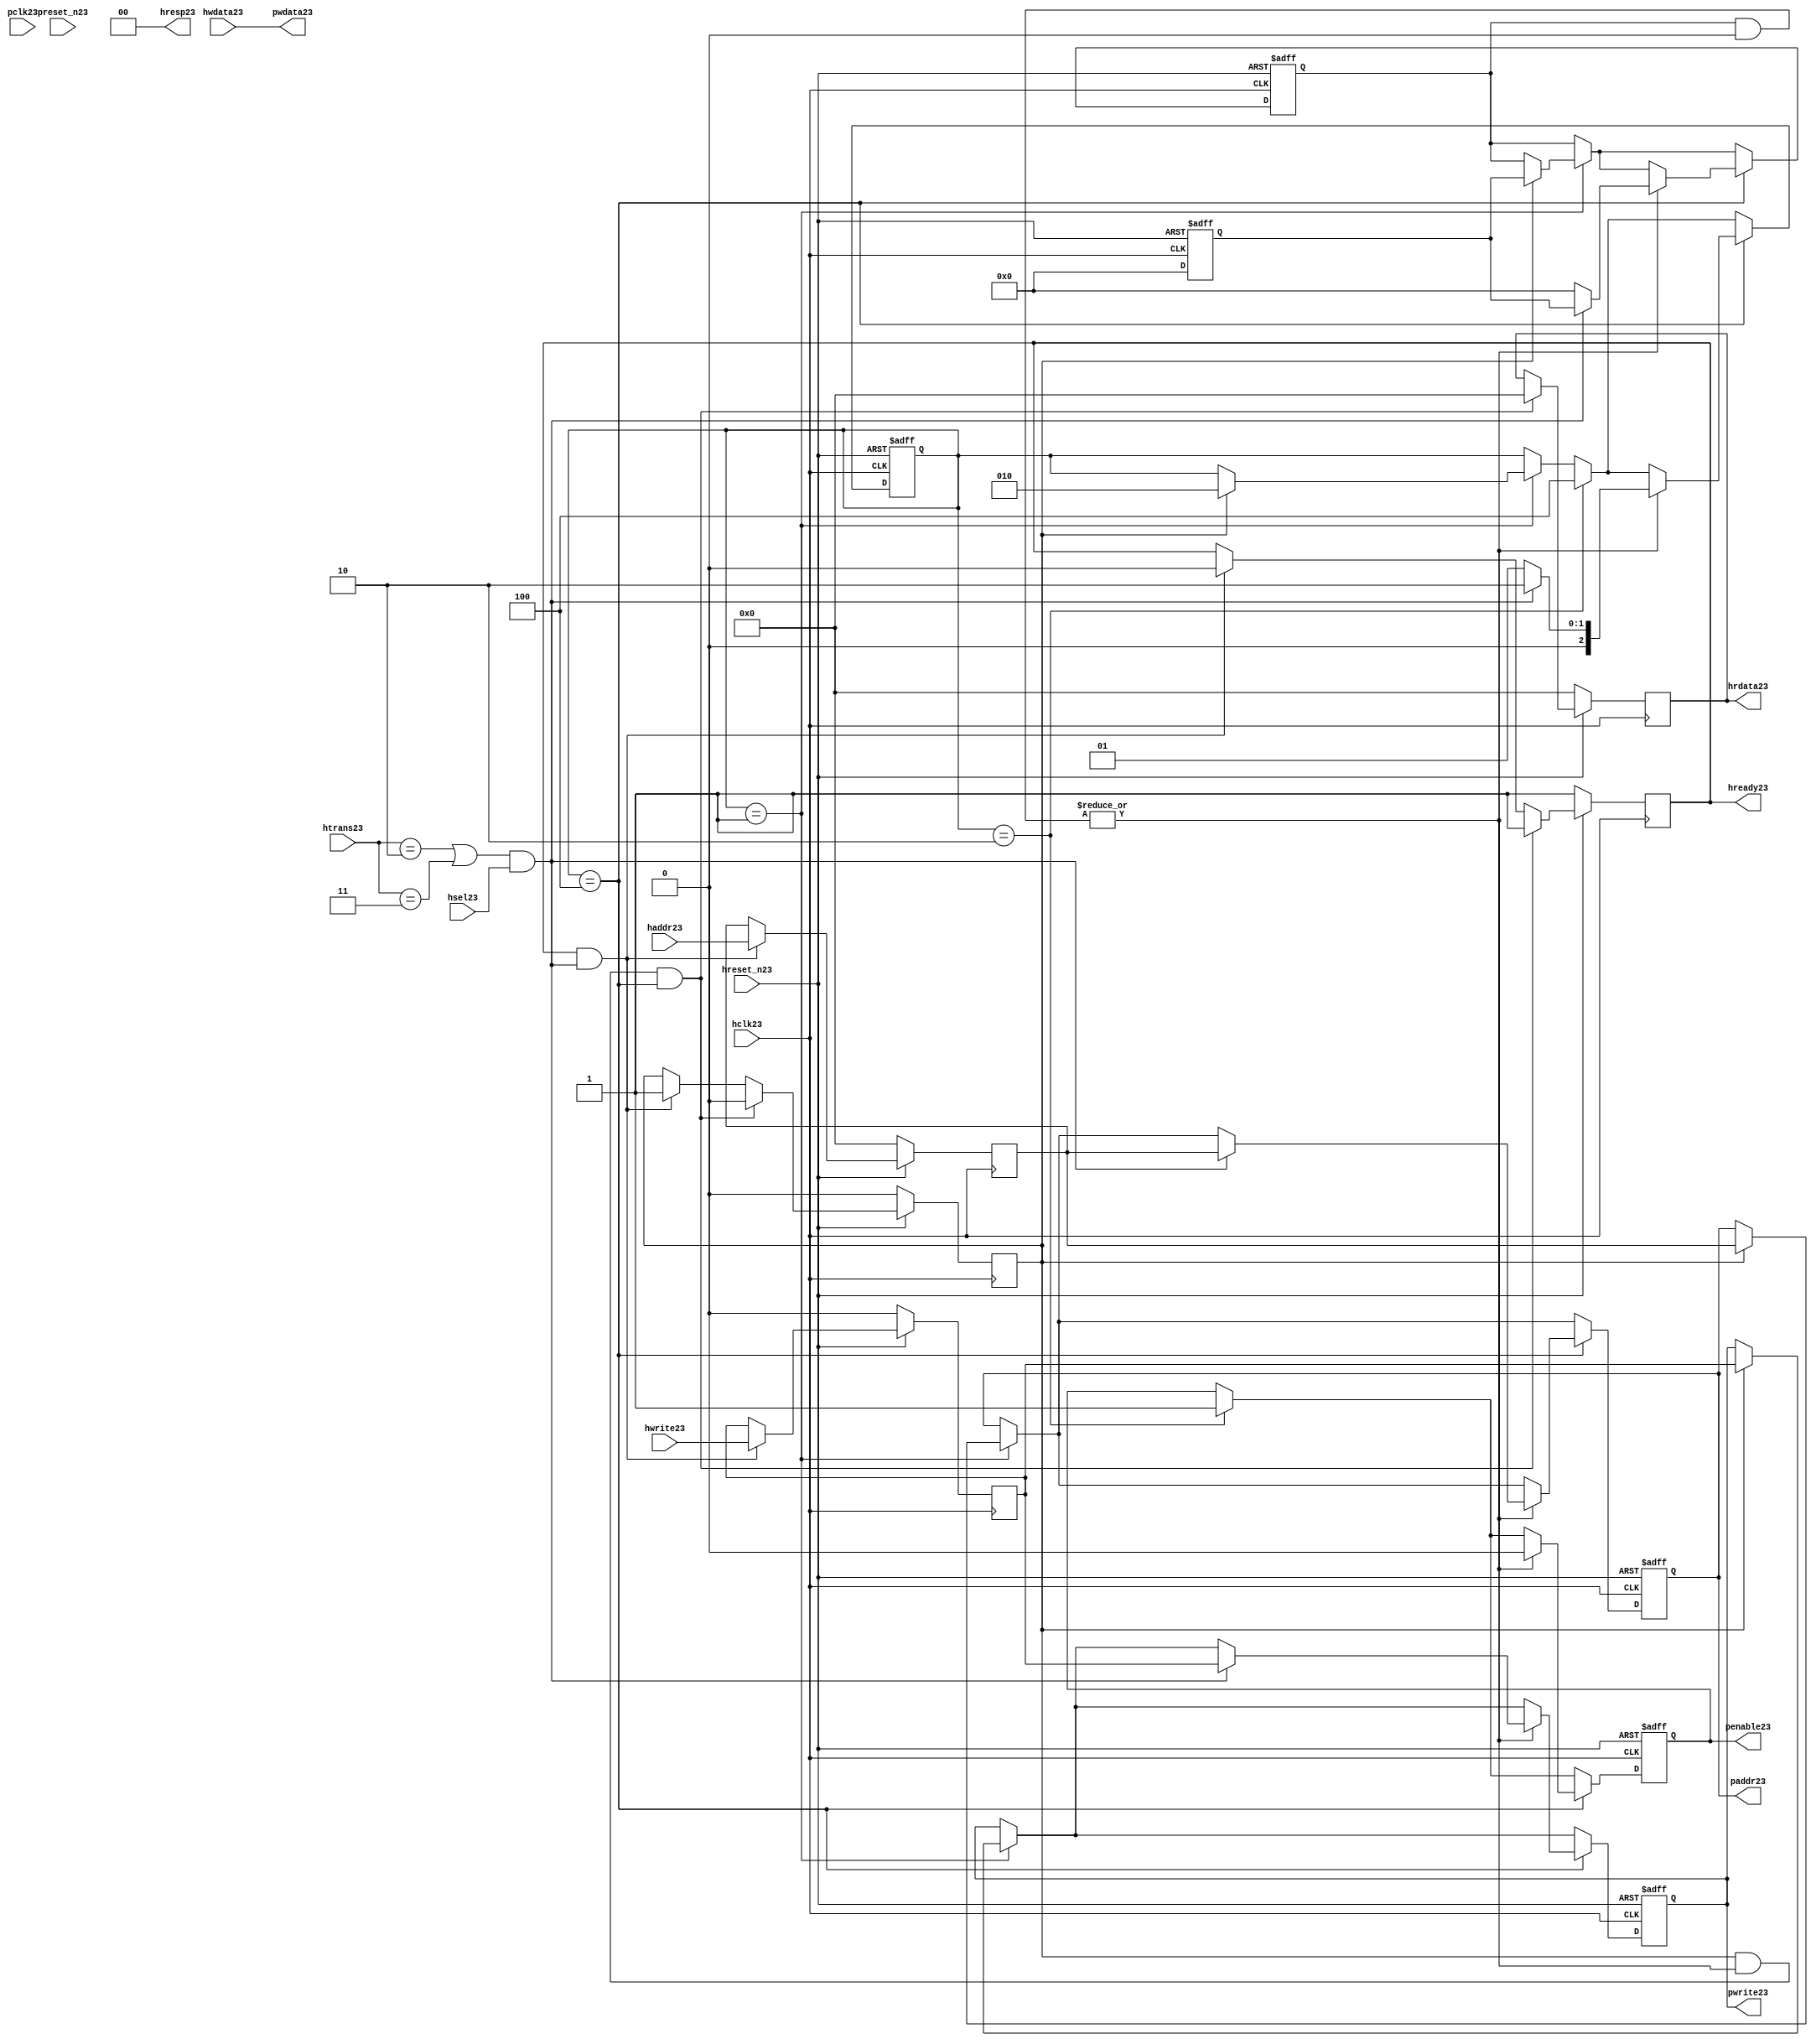
module ahb2apb23
(
  // AHB23 signals23
  hclk23,
  hreset_n23,
  hsel23,
  haddr23,
  htrans23,
  hwdata23,
  hwrite23,
  hrdata23,
  hready23,
  hresp23,
  
  // APB23 signals23 common to all APB23 slaves23
  pclk23,
  preset_n23,
  paddr23,
  penable23,
  pwrite23,
  pwdata23
  
  // Slave23 0 signals23
  `ifdef APB_SLAVE023
  ,psel023
  ,pready023
  ,prdata023
  `endif
  
  // Slave23 1 signals23
  `ifdef APB_SLAVE123
  ,psel123
  ,pready123
  ,prdata123
  `endif
  
  // Slave23 2 signals23
  `ifdef APB_SLAVE223
  ,psel223
  ,pready223
  ,prdata223
  `endif
  
  // Slave23 3 signals23
  `ifdef APB_SLAVE323
  ,psel323
  ,pready323
  ,prdata323
  `endif
  
  // Slave23 4 signals23
  `ifdef APB_SLAVE423
  ,psel423
  ,pready423
  ,prdata423
  `endif
  
  // Slave23 5 signals23
  `ifdef APB_SLAVE523
  ,psel523
  ,pready523
  ,prdata523
  `endif
  
  // Slave23 6 signals23
  `ifdef APB_SLAVE623
  ,psel623
  ,pready623
  ,prdata623
  `endif
  
  // Slave23 7 signals23
  `ifdef APB_SLAVE723
  ,psel723
  ,pready723
  ,prdata723
  `endif
  
  // Slave23 8 signals23
  `ifdef APB_SLAVE823
  ,psel823
  ,pready823
  ,prdata823
  `endif
  
  // Slave23 9 signals23
  `ifdef APB_SLAVE923
  ,psel923
  ,pready923
  ,prdata923
  `endif
  
  // Slave23 10 signals23
  `ifdef APB_SLAVE1023
  ,psel1023
  ,pready1023
  ,prdata1023
  `endif
  
  // Slave23 11 signals23
  `ifdef APB_SLAVE1123
  ,psel1123
  ,pready1123
  ,prdata1123
  `endif
  
  // Slave23 12 signals23
  `ifdef APB_SLAVE1223
  ,psel1223
  ,pready1223
  ,prdata1223
  `endif
  
  // Slave23 13 signals23
  `ifdef APB_SLAVE1323
  ,psel1323
  ,pready1323
  ,prdata1323
  `endif
  
  // Slave23 14 signals23
  `ifdef APB_SLAVE1423
  ,psel1423
  ,pready1423
  ,prdata1423
  `endif
  
  // Slave23 15 signals23
  `ifdef APB_SLAVE1523
  ,psel1523
  ,pready1523
  ,prdata1523
  `endif
  
);

parameter 
  APB_SLAVE0_START_ADDR23  = 32'h00000000,
  APB_SLAVE0_END_ADDR23    = 32'h00000000,
  APB_SLAVE1_START_ADDR23  = 32'h00000000,
  APB_SLAVE1_END_ADDR23    = 32'h00000000,
  APB_SLAVE2_START_ADDR23  = 32'h00000000,
  APB_SLAVE2_END_ADDR23    = 32'h00000000,
  APB_SLAVE3_START_ADDR23  = 32'h00000000,
  APB_SLAVE3_END_ADDR23    = 32'h00000000,
  APB_SLAVE4_START_ADDR23  = 32'h00000000,
  APB_SLAVE4_END_ADDR23    = 32'h00000000,
  APB_SLAVE5_START_ADDR23  = 32'h00000000,
  APB_SLAVE5_END_ADDR23    = 32'h00000000,
  APB_SLAVE6_START_ADDR23  = 32'h00000000,
  APB_SLAVE6_END_ADDR23    = 32'h00000000,
  APB_SLAVE7_START_ADDR23  = 32'h00000000,
  APB_SLAVE7_END_ADDR23    = 32'h00000000,
  APB_SLAVE8_START_ADDR23  = 32'h00000000,
  APB_SLAVE8_END_ADDR23    = 32'h00000000,
  APB_SLAVE9_START_ADDR23  = 32'h00000000,
  APB_SLAVE9_END_ADDR23    = 32'h00000000,
  APB_SLAVE10_START_ADDR23  = 32'h00000000,
  APB_SLAVE10_END_ADDR23    = 32'h00000000,
  APB_SLAVE11_START_ADDR23  = 32'h00000000,
  APB_SLAVE11_END_ADDR23    = 32'h00000000,
  APB_SLAVE12_START_ADDR23  = 32'h00000000,
  APB_SLAVE12_END_ADDR23    = 32'h00000000,
  APB_SLAVE13_START_ADDR23  = 32'h00000000,
  APB_SLAVE13_END_ADDR23    = 32'h00000000,
  APB_SLAVE14_START_ADDR23  = 32'h00000000,
  APB_SLAVE14_END_ADDR23    = 32'h00000000,
  APB_SLAVE15_START_ADDR23  = 32'h00000000,
  APB_SLAVE15_END_ADDR23    = 32'h00000000;

  // AHB23 signals23
input        hclk23;
input        hreset_n23;
input        hsel23;
input[31:0]  haddr23;
input[1:0]   htrans23;
input[31:0]  hwdata23;
input        hwrite23;
output[31:0] hrdata23;
reg   [31:0] hrdata23;
output       hready23;
output[1:0]  hresp23;
  
  // APB23 signals23 common to all APB23 slaves23
input       pclk23;
input       preset_n23;
output[31:0] paddr23;
reg   [31:0] paddr23;
output       penable23;
reg          penable23;
output       pwrite23;
reg          pwrite23;
output[31:0] pwdata23;
  
  // Slave23 0 signals23
`ifdef APB_SLAVE023
  output      psel023;
  input       pready023;
  input[31:0] prdata023;
`endif
  
  // Slave23 1 signals23
`ifdef APB_SLAVE123
  output      psel123;
  input       pready123;
  input[31:0] prdata123;
`endif
  
  // Slave23 2 signals23
`ifdef APB_SLAVE223
  output      psel223;
  input       pready223;
  input[31:0] prdata223;
`endif
  
  // Slave23 3 signals23
`ifdef APB_SLAVE323
  output      psel323;
  input       pready323;
  input[31:0] prdata323;
`endif
  
  // Slave23 4 signals23
`ifdef APB_SLAVE423
  output      psel423;
  input       pready423;
  input[31:0] prdata423;
`endif
  
  // Slave23 5 signals23
`ifdef APB_SLAVE523
  output      psel523;
  input       pready523;
  input[31:0] prdata523;
`endif
  
  // Slave23 6 signals23
`ifdef APB_SLAVE623
  output      psel623;
  input       pready623;
  input[31:0] prdata623;
`endif
  
  // Slave23 7 signals23
`ifdef APB_SLAVE723
  output      psel723;
  input       pready723;
  input[31:0] prdata723;
`endif
  
  // Slave23 8 signals23
`ifdef APB_SLAVE823
  output      psel823;
  input       pready823;
  input[31:0] prdata823;
`endif
  
  // Slave23 9 signals23
`ifdef APB_SLAVE923
  output      psel923;
  input       pready923;
  input[31:0] prdata923;
`endif
  
  // Slave23 10 signals23
`ifdef APB_SLAVE1023
  output      psel1023;
  input       pready1023;
  input[31:0] prdata1023;
`endif
  
  // Slave23 11 signals23
`ifdef APB_SLAVE1123
  output      psel1123;
  input       pready1123;
  input[31:0] prdata1123;
`endif
  
  // Slave23 12 signals23
`ifdef APB_SLAVE1223
  output      psel1223;
  input       pready1223;
  input[31:0] prdata1223;
`endif
  
  // Slave23 13 signals23
`ifdef APB_SLAVE1323
  output      psel1323;
  input       pready1323;
  input[31:0] prdata1323;
`endif
  
  // Slave23 14 signals23
`ifdef APB_SLAVE1423
  output      psel1423;
  input       pready1423;
  input[31:0] prdata1423;
`endif
  
  // Slave23 15 signals23
`ifdef APB_SLAVE1523
  output      psel1523;
  input       pready1523;
  input[31:0] prdata1523;
`endif
 
reg         ahb_addr_phase23;
reg         ahb_data_phase23;
wire        valid_ahb_trans23;
wire        pready_muxed23;
wire [31:0] prdata_muxed23;
reg  [31:0] haddr_reg23;
reg         hwrite_reg23;
reg  [2:0]  apb_state23;
wire [2:0]  apb_state_idle23;
wire [2:0]  apb_state_setup23;
wire [2:0]  apb_state_access23;
reg  [15:0] slave_select23;
wire [15:0] pready_vector23;
reg  [15:0] psel_vector23;
wire [31:0] prdata0_q23;
wire [31:0] prdata1_q23;
wire [31:0] prdata2_q23;
wire [31:0] prdata3_q23;
wire [31:0] prdata4_q23;
wire [31:0] prdata5_q23;
wire [31:0] prdata6_q23;
wire [31:0] prdata7_q23;
wire [31:0] prdata8_q23;
wire [31:0] prdata9_q23;
wire [31:0] prdata10_q23;
wire [31:0] prdata11_q23;
wire [31:0] prdata12_q23;
wire [31:0] prdata13_q23;
wire [31:0] prdata14_q23;
wire [31:0] prdata15_q23;

// assign pclk23     = hclk23;
// assign preset_n23 = hreset_n23;
assign hready23   = ahb_addr_phase23;
assign pwdata23   = hwdata23;
assign hresp23  = 2'b00;

// Respond23 to NONSEQ23 or SEQ transfers23
assign valid_ahb_trans23 = ((htrans23 == 2'b10) || (htrans23 == 2'b11)) && (hsel23 == 1'b1);

always @(posedge hclk23) begin
  if (hreset_n23 == 1'b0) begin
    ahb_addr_phase23 <= 1'b1;
    ahb_data_phase23 <= 1'b0;
    haddr_reg23      <= 'b0;
    hwrite_reg23     <= 1'b0;
    hrdata23         <= 'b0;
  end
  else begin
    if (ahb_addr_phase23 == 1'b1 && valid_ahb_trans23 == 1'b1) begin
      ahb_addr_phase23 <= 1'b0;
      ahb_data_phase23 <= 1'b1;
      haddr_reg23      <= haddr23;
      hwrite_reg23     <= hwrite23;
    end
    if (ahb_data_phase23 == 1'b1 && pready_muxed23 == 1'b1 && apb_state23 == apb_state_access23) begin
      ahb_addr_phase23 <= 1'b1;
      ahb_data_phase23 <= 1'b0;
      hrdata23         <= prdata_muxed23;
    end
  end
end

// APB23 state machine23 state definitions23
assign apb_state_idle23   = 3'b001;
assign apb_state_setup23  = 3'b010;
assign apb_state_access23 = 3'b100;

// APB23 state machine23
always @(posedge hclk23 or negedge hreset_n23) begin
  if (hreset_n23 == 1'b0) begin
    apb_state23   <= apb_state_idle23;
    psel_vector23 <= 1'b0;
    penable23     <= 1'b0;
    paddr23       <= 1'b0;
    pwrite23      <= 1'b0;
  end  
  else begin
    
    // IDLE23 -> SETUP23
    if (apb_state23 == apb_state_idle23) begin
      if (ahb_data_phase23 == 1'b1) begin
        apb_state23   <= apb_state_setup23;
        psel_vector23 <= slave_select23;
        paddr23       <= haddr_reg23;
        pwrite23      <= hwrite_reg23;
      end  
    end
    
    // SETUP23 -> TRANSFER23
    if (apb_state23 == apb_state_setup23) begin
      apb_state23 <= apb_state_access23;
      penable23   <= 1'b1;
    end
    
    // TRANSFER23 -> SETUP23 or
    // TRANSFER23 -> IDLE23
    if (apb_state23 == apb_state_access23) begin
      if (pready_muxed23 == 1'b1) begin
      
        // TRANSFER23 -> SETUP23
        if (valid_ahb_trans23 == 1'b1) begin
          apb_state23   <= apb_state_setup23;
          penable23     <= 1'b0;
          psel_vector23 <= slave_select23;
          paddr23       <= haddr_reg23;
          pwrite23      <= hwrite_reg23;
        end  
        
        // TRANSFER23 -> IDLE23
        else begin
          apb_state23   <= apb_state_idle23;      
          penable23     <= 1'b0;
          psel_vector23 <= 'b0;
        end  
      end
    end
    
  end
end

always @(posedge hclk23 or negedge hreset_n23) begin
  if (hreset_n23 == 1'b0)
    slave_select23 <= 'b0;
  else begin  
  `ifdef APB_SLAVE023
     slave_select23[0]   <= valid_ahb_trans23 && (haddr23 >= APB_SLAVE0_START_ADDR23)  && (haddr23 <= APB_SLAVE0_END_ADDR23);
   `else
     slave_select23[0]   <= 1'b0;
   `endif
   
   `ifdef APB_SLAVE123
     slave_select23[1]   <= valid_ahb_trans23 && (haddr23 >= APB_SLAVE1_START_ADDR23)  && (haddr23 <= APB_SLAVE1_END_ADDR23);
   `else
     slave_select23[1]   <= 1'b0;
   `endif  
     
   `ifdef APB_SLAVE223  
     slave_select23[2]   <= valid_ahb_trans23 && (haddr23 >= APB_SLAVE2_START_ADDR23)  && (haddr23 <= APB_SLAVE2_END_ADDR23);
   `else
     slave_select23[2]   <= 1'b0;
   `endif  
     
   `ifdef APB_SLAVE323  
     slave_select23[3]   <= valid_ahb_trans23 && (haddr23 >= APB_SLAVE3_START_ADDR23)  && (haddr23 <= APB_SLAVE3_END_ADDR23);
   `else
     slave_select23[3]   <= 1'b0;
   `endif  
     
   `ifdef APB_SLAVE423  
     slave_select23[4]   <= valid_ahb_trans23 && (haddr23 >= APB_SLAVE4_START_ADDR23)  && (haddr23 <= APB_SLAVE4_END_ADDR23);
   `else
     slave_select23[4]   <= 1'b0;
   `endif  
     
   `ifdef APB_SLAVE523  
     slave_select23[5]   <= valid_ahb_trans23 && (haddr23 >= APB_SLAVE5_START_ADDR23)  && (haddr23 <= APB_SLAVE5_END_ADDR23);
   `else
     slave_select23[5]   <= 1'b0;
   `endif  
     
   `ifdef APB_SLAVE623  
     slave_select23[6]   <= valid_ahb_trans23 && (haddr23 >= APB_SLAVE6_START_ADDR23)  && (haddr23 <= APB_SLAVE6_END_ADDR23);
   `else
     slave_select23[6]   <= 1'b0;
   `endif  
     
   `ifdef APB_SLAVE723  
     slave_select23[7]   <= valid_ahb_trans23 && (haddr23 >= APB_SLAVE7_START_ADDR23)  && (haddr23 <= APB_SLAVE7_END_ADDR23);
   `else
     slave_select23[7]   <= 1'b0;
   `endif  
     
   `ifdef APB_SLAVE823  
     slave_select23[8]   <= valid_ahb_trans23 && (haddr23 >= APB_SLAVE8_START_ADDR23)  && (haddr23 <= APB_SLAVE8_END_ADDR23);
   `else
     slave_select23[8]   <= 1'b0;
   `endif  
     
   `ifdef APB_SLAVE923  
     slave_select23[9]   <= valid_ahb_trans23 && (haddr23 >= APB_SLAVE9_START_ADDR23)  && (haddr23 <= APB_SLAVE9_END_ADDR23);
   `else
     slave_select23[9]   <= 1'b0;
   `endif  
     
   `ifdef APB_SLAVE1023  
     slave_select23[10]  <= valid_ahb_trans23 && (haddr23 >= APB_SLAVE10_START_ADDR23) && (haddr23 <= APB_SLAVE10_END_ADDR23);
   `else
     slave_select23[10]   <= 1'b0;
   `endif  
     
   `ifdef APB_SLAVE1123  
     slave_select23[11]  <= valid_ahb_trans23 && (haddr23 >= APB_SLAVE11_START_ADDR23) && (haddr23 <= APB_SLAVE11_END_ADDR23);
   `else
     slave_select23[11]   <= 1'b0;
   `endif  
     
   `ifdef APB_SLAVE1223  
     slave_select23[12]  <= valid_ahb_trans23 && (haddr23 >= APB_SLAVE12_START_ADDR23) && (haddr23 <= APB_SLAVE12_END_ADDR23);
   `else
     slave_select23[12]   <= 1'b0;
   `endif  
     
   `ifdef APB_SLAVE1323  
     slave_select23[13]  <= valid_ahb_trans23 && (haddr23 >= APB_SLAVE13_START_ADDR23) && (haddr23 <= APB_SLAVE13_END_ADDR23);
   `else
     slave_select23[13]   <= 1'b0;
   `endif  
     
   `ifdef APB_SLAVE1423  
     slave_select23[14]  <= valid_ahb_trans23 && (haddr23 >= APB_SLAVE14_START_ADDR23) && (haddr23 <= APB_SLAVE14_END_ADDR23);
   `else
     slave_select23[14]   <= 1'b0;
   `endif  
     
   `ifdef APB_SLAVE1523  
     slave_select23[15]  <= valid_ahb_trans23 && (haddr23 >= APB_SLAVE15_START_ADDR23) && (haddr23 <= APB_SLAVE15_END_ADDR23);
   `else
     slave_select23[15]   <= 1'b0;
   `endif  
  end
end

assign pready_muxed23 = |(psel_vector23 & pready_vector23);
assign prdata_muxed23 = prdata0_q23  | prdata1_q23  | prdata2_q23  | prdata3_q23  |
                      prdata4_q23  | prdata5_q23  | prdata6_q23  | prdata7_q23  |
                      prdata8_q23  | prdata9_q23  | prdata10_q23 | prdata11_q23 |
                      prdata12_q23 | prdata13_q23 | prdata14_q23 | prdata15_q23 ;

`ifdef APB_SLAVE023
  assign psel023            = psel_vector23[0];
  assign pready_vector23[0] = pready023;
  assign prdata0_q23        = (psel023 == 1'b1) ? prdata023 : 'b0;
`else
  assign pready_vector23[0] = 1'b0;
  assign prdata0_q23        = 'b0;
`endif

`ifdef APB_SLAVE123
  assign psel123            = psel_vector23[1];
  assign pready_vector23[1] = pready123;
  assign prdata1_q23        = (psel123 == 1'b1) ? prdata123 : 'b0;
`else
  assign pready_vector23[1] = 1'b0;
  assign prdata1_q23        = 'b0;
`endif

`ifdef APB_SLAVE223
  assign psel223            = psel_vector23[2];
  assign pready_vector23[2] = pready223;
  assign prdata2_q23        = (psel223 == 1'b1) ? prdata223 : 'b0;
`else
  assign pready_vector23[2] = 1'b0;
  assign prdata2_q23        = 'b0;
`endif

`ifdef APB_SLAVE323
  assign psel323            = psel_vector23[3];
  assign pready_vector23[3] = pready323;
  assign prdata3_q23        = (psel323 == 1'b1) ? prdata323 : 'b0;
`else
  assign pready_vector23[3] = 1'b0;
  assign prdata3_q23        = 'b0;
`endif

`ifdef APB_SLAVE423
  assign psel423            = psel_vector23[4];
  assign pready_vector23[4] = pready423;
  assign prdata4_q23        = (psel423 == 1'b1) ? prdata423 : 'b0;
`else
  assign pready_vector23[4] = 1'b0;
  assign prdata4_q23        = 'b0;
`endif

`ifdef APB_SLAVE523
  assign psel523            = psel_vector23[5];
  assign pready_vector23[5] = pready523;
  assign prdata5_q23        = (psel523 == 1'b1) ? prdata523 : 'b0;
`else
  assign pready_vector23[5] = 1'b0;
  assign prdata5_q23        = 'b0;
`endif

`ifdef APB_SLAVE623
  assign psel623            = psel_vector23[6];
  assign pready_vector23[6] = pready623;
  assign prdata6_q23        = (psel623 == 1'b1) ? prdata623 : 'b0;
`else
  assign pready_vector23[6] = 1'b0;
  assign prdata6_q23        = 'b0;
`endif

`ifdef APB_SLAVE723
  assign psel723            = psel_vector23[7];
  assign pready_vector23[7] = pready723;
  assign prdata7_q23        = (psel723 == 1'b1) ? prdata723 : 'b0;
`else
  assign pready_vector23[7] = 1'b0;
  assign prdata7_q23        = 'b0;
`endif

`ifdef APB_SLAVE823
  assign psel823            = psel_vector23[8];
  assign pready_vector23[8] = pready823;
  assign prdata8_q23        = (psel823 == 1'b1) ? prdata823 : 'b0;
`else
  assign pready_vector23[8] = 1'b0;
  assign prdata8_q23        = 'b0;
`endif

`ifdef APB_SLAVE923
  assign psel923            = psel_vector23[9];
  assign pready_vector23[9] = pready923;
  assign prdata9_q23        = (psel923 == 1'b1) ? prdata923 : 'b0;
`else
  assign pready_vector23[9] = 1'b0;
  assign prdata9_q23        = 'b0;
`endif

`ifdef APB_SLAVE1023
  assign psel1023            = psel_vector23[10];
  assign pready_vector23[10] = pready1023;
  assign prdata10_q23        = (psel1023 == 1'b1) ? prdata1023 : 'b0;
`else
  assign pready_vector23[10] = 1'b0;
  assign prdata10_q23        = 'b0;
`endif

`ifdef APB_SLAVE1123
  assign psel1123            = psel_vector23[11];
  assign pready_vector23[11] = pready1123;
  assign prdata11_q23        = (psel1123 == 1'b1) ? prdata1123 : 'b0;
`else
  assign pready_vector23[11] = 1'b0;
  assign prdata11_q23        = 'b0;
`endif

`ifdef APB_SLAVE1223
  assign psel1223            = psel_vector23[12];
  assign pready_vector23[12] = pready1223;
  assign prdata12_q23        = (psel1223 == 1'b1) ? prdata1223 : 'b0;
`else
  assign pready_vector23[12] = 1'b0;
  assign prdata12_q23        = 'b0;
`endif

`ifdef APB_SLAVE1323
  assign psel1323            = psel_vector23[13];
  assign pready_vector23[13] = pready1323;
  assign prdata13_q23        = (psel1323 == 1'b1) ? prdata1323 : 'b0;
`else
  assign pready_vector23[13] = 1'b0;
  assign prdata13_q23        = 'b0;
`endif

`ifdef APB_SLAVE1423
  assign psel1423            = psel_vector23[14];
  assign pready_vector23[14] = pready1423;
  assign prdata14_q23        = (psel1423 == 1'b1) ? prdata1423 : 'b0;
`else
  assign pready_vector23[14] = 1'b0;
  assign prdata14_q23        = 'b0;
`endif

`ifdef APB_SLAVE1523
  assign psel1523            = psel_vector23[15];
  assign pready_vector23[15] = pready1523;
  assign prdata15_q23        = (psel1523 == 1'b1) ? prdata1523 : 'b0;
`else
  assign pready_vector23[15] = 1'b0;
  assign prdata15_q23        = 'b0;
`endif

endmodule